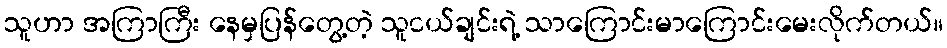
သူဟာ အကြာကြီး နေမှပြန်တွေ့တဲ့ သူငယ်ချင်းရဲ့ သာကြောင်းမာကြောင်းမေးလိုက်တယ်။